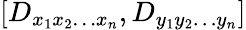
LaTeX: [D_{x_{1}x_{2}\dots x_{n}},D_{y_{1}y_{2}\dots y_{n}}]